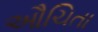
ઔચિતા